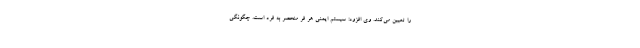
را تعیین می‌کند. وی افزود: سیستم ایمنی هر فر منحصر به فرد است. چگونگی